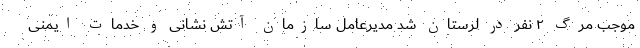
موجب مرگ ۲ نفر در لرستان شد مدیرعامل سازمان آتش نشانی و خدمات ایمنی